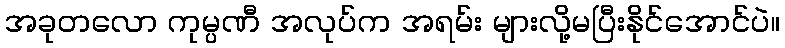
အခုတလော ကုမ္ပဏီ အလုပ်က အရမ်း များလို့မပြီးနိုင်အောင်ပဲ။